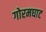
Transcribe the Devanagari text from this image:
गोरमघाट